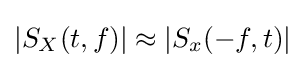
|S_{X}(t,f)|\approx |S_{x}(-f,t)|